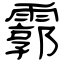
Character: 霩